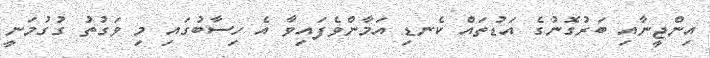
އިންޖީނާއި ބަރުގޮނުގެ އަޑުތައް ކެނޑި އަމާންވެފައިވާ އެ ހިސާބުގައި މި ވަގުތު ގުގުމަނީ